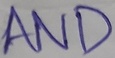
Text: AND